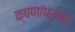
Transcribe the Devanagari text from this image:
क्षणांपर्यंत